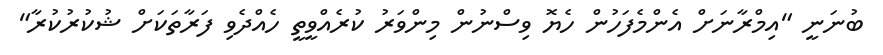
ބުނަނީ "އިމްރާނަށް އެންމެފަހުން ހެޔޮ ވިސްނުން މިންވަރު ކުރެއްވީތީ ހެއްދެވި ފަރާތަކަށް ޝުކުރުކުރާ"